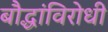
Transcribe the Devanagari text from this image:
बौद्धांविरोधी